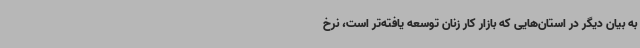
به بیان دیگر در استان‌هایی که بازار کار زنان توسعه یافته‌تر است، نرخ